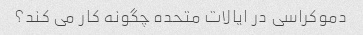
دموکراسی در ایالات متحده چگونه کار می کند؟